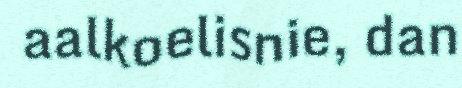
aalkoelisnie, dan